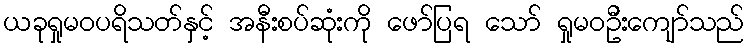
ယခုရှုမဝပရိသတ်နှင့် အနီးစပ်ဆုံးကို ဖော်ပြရ သော် ရှုမဝဦးကျော်သည်